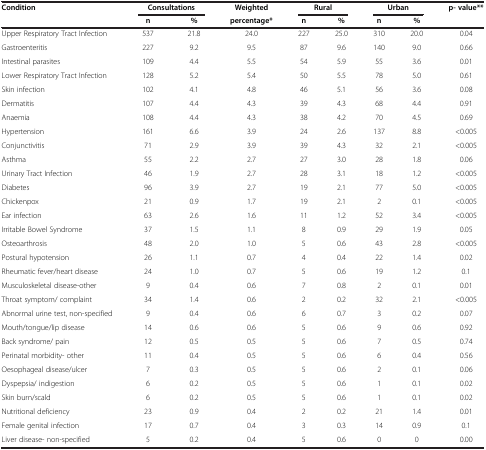
<table><thead><tr><td><b>Condition</b></td><td colspan="2"><b>Consultations</b></td><td><b>Weighted</b></td><td colspan="2"><b>Rural</b></td><td colspan="2"><b>Urban</b></td><td><b>p- value**</b></td></tr><tr><td><b> </b></td><td><b>n</b></td><td><b>%</b></td><td><b>percentage*</b></td><td><b>n</b></td><td><b>%</b></td><td><b>n</b></td><td><b>%</b></td><td><b> </b></td></tr></thead><tbody><tr><td>Upper Respiratory Tract Infection</td><td>537</td><td>21.8</td><td>24.0</td><td>227</td><td>25.0</td><td>310</td><td>20.0</td><td>0.04</td></tr><tr><td>Gastroenteritis</td><td>227</td><td>9.2</td><td>9.5</td><td>87</td><td>9.6</td><td>140</td><td>9.0</td><td>0.66</td></tr><tr><td>Intestinal parasites</td><td>109</td><td>4.4</td><td>5.5</td><td>54</td><td>5.9</td><td>55</td><td>3.6</td><td>0.01</td></tr><tr><td>Lower Respiratory Tract Infection</td><td>128</td><td>5.2</td><td>5.4</td><td>50</td><td>5.5</td><td>78</td><td>5.0</td><td>0.61</td></tr><tr><td>Skin infection</td><td>102</td><td>4.1</td><td>4.8</td><td>46</td><td>5.1</td><td>56</td><td>3.6</td><td>0.08</td></tr><tr><td>Dermatitis</td><td>107</td><td>4.4</td><td>4.3</td><td>39</td><td>4.3</td><td>68</td><td>4.4</td><td>0.91</td></tr><tr><td>Anaemia</td><td>108</td><td>4.4</td><td>4.3</td><td>38</td><td>4.2</td><td>70</td><td>4.5</td><td>0.69</td></tr><tr><td>Hypertension</td><td>161</td><td>6.6</td><td>3.9</td><td>24</td><td>2.6</td><td>137</td><td>8.8</td><td>&lt;0.005</td></tr><tr><td>Conjunctivitis</td><td>71</td><td>2.9</td><td>3.9</td><td>39</td><td>4.3</td><td>32</td><td>2.1</td><td>&lt;0.005</td></tr><tr><td>Asthma</td><td>55</td><td>2.2</td><td>2.7</td><td>27</td><td>3.0</td><td>28</td><td>1.8</td><td>0.06</td></tr><tr><td>Urinary Tract Infection</td><td>46</td><td>1.9</td><td>2.7</td><td>28</td><td>3.1</td><td>18</td><td>1.2</td><td>&lt;0.005</td></tr><tr><td>Diabetes</td><td>96</td><td>3.9</td><td>2.7</td><td>19</td><td>2.1</td><td>77</td><td>5.0</td><td>&lt;0.005</td></tr><tr><td>Chickenpox</td><td>21</td><td>0.9</td><td>1.7</td><td>19</td><td>2.1</td><td>2</td><td>0.1</td><td>&lt;0.005</td></tr><tr><td>Ear infection</td><td>63</td><td>2.6</td><td>1.6</td><td>11</td><td>1.2</td><td>52</td><td>3.4</td><td>&lt;0.005</td></tr><tr><td>Irritable Bowel Syndrome</td><td>37</td><td>1.5</td><td>1.1</td><td>8</td><td>0.9</td><td>29</td><td>1.9</td><td>0.05</td></tr><tr><td>Osteoarthrosis</td><td>48</td><td>2.0</td><td>1.0</td><td>5</td><td>0.6</td><td>43</td><td>2.8</td><td>&lt;0.005</td></tr><tr><td>Postural hypotension</td><td>26</td><td>1.1</td><td>0.7</td><td>4</td><td>0.4</td><td>22</td><td>1.4</td><td>0.02</td></tr><tr><td>Rheumatic fever/heart disease</td><td>24</td><td>1.0</td><td>0.7</td><td>5</td><td>0.6</td><td>19</td><td>1.2</td><td>0.1</td></tr><tr><td>Musculoskeletal disease-other</td><td>9</td><td>0.4</td><td>0.6</td><td>7</td><td>0.8</td><td>2</td><td>0.1</td><td>0.01</td></tr><tr><td>Throat symptom/ complaint</td><td>34</td><td>1.4</td><td>0.6</td><td>2</td><td>0.2</td><td>32</td><td>2.1</td><td>&lt;0.005</td></tr><tr><td>Abnormal urine test, non-specified</td><td>9</td><td>0.4</td><td>0.6</td><td>6</td><td>0.7</td><td>3</td><td>0.2</td><td>0.07</td></tr><tr><td>Mouth/tongue/lip disease</td><td>14</td><td>0.6</td><td>0.6</td><td>5</td><td>0.6</td><td>9</td><td>0.6</td><td>0.92</td></tr><tr><td>Back syndrome/ pain</td><td>12</td><td>0.5</td><td>0.5</td><td>5</td><td>0.6</td><td>7</td><td>0.5</td><td>0.74</td></tr><tr><td>Perinatal morbidity- other</td><td>11</td><td>0.4</td><td>0.5</td><td>5</td><td>0.6</td><td>6</td><td>0.4</td><td>0.56</td></tr><tr><td>Oesophageal disease/ulcer</td><td>7</td><td>0.3</td><td>0.5</td><td>5</td><td>0.6</td><td>2</td><td>0.1</td><td>0.06</td></tr><tr><td>Dyspepsia/ indigestion</td><td>6</td><td>0.2</td><td>0.5</td><td>5</td><td>0.6</td><td>1</td><td>0.1</td><td>0.02</td></tr><tr><td>Skin burn/scald</td><td>6</td><td>0.2</td><td>0.5</td><td>5</td><td>0.6</td><td>1</td><td>0.1</td><td>0.02</td></tr><tr><td>Nutritional deficiency</td><td>23</td><td>0.9</td><td>0.4</td><td>2</td><td>0.2</td><td>21</td><td>1.4</td><td>0.01</td></tr><tr><td>Female genital infection</td><td>17</td><td>0.7</td><td>0.4</td><td>3</td><td>0.3</td><td>14</td><td>0.9</td><td>0.1</td></tr><tr><td>Liver disease- non-specified</td><td>5</td><td>0.2</td><td>0.4</td><td>5</td><td>0.6</td><td>0</td><td>0</td><td>0.00</td></tr></tbody></table>